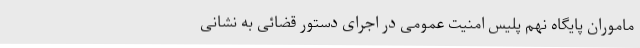
ماموران پایگاه نهم پلیس امنیت عمومی در اجرای دستور قضائی به نشانی